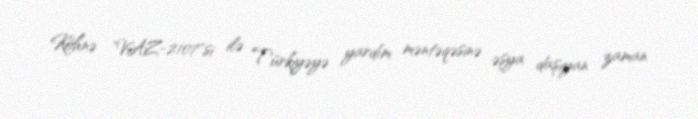
Köhnə "VAZ-2107"si ilə Türkiyəyə yardım məntəqəsinə əşya daşıyan zaman